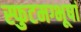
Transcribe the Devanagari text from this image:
स्फुटमग्भूषां